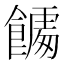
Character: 𮩎